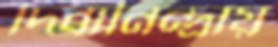
দিবানিন্দ্রায়